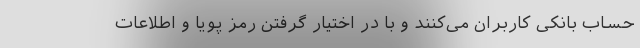
حساب بانکی کاربران می‌کنند و با در اختیار گرفتن رمز پویا و اطلاعات